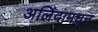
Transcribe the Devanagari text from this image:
अलिंदामधून